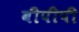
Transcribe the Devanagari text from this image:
बीपीपी